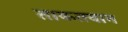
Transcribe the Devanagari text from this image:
ताकतवान